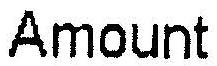
AMOUNT